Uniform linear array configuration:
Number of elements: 12
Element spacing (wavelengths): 1
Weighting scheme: kaiser
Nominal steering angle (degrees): -60
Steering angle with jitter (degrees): -59.709
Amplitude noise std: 0.05
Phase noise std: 0.05

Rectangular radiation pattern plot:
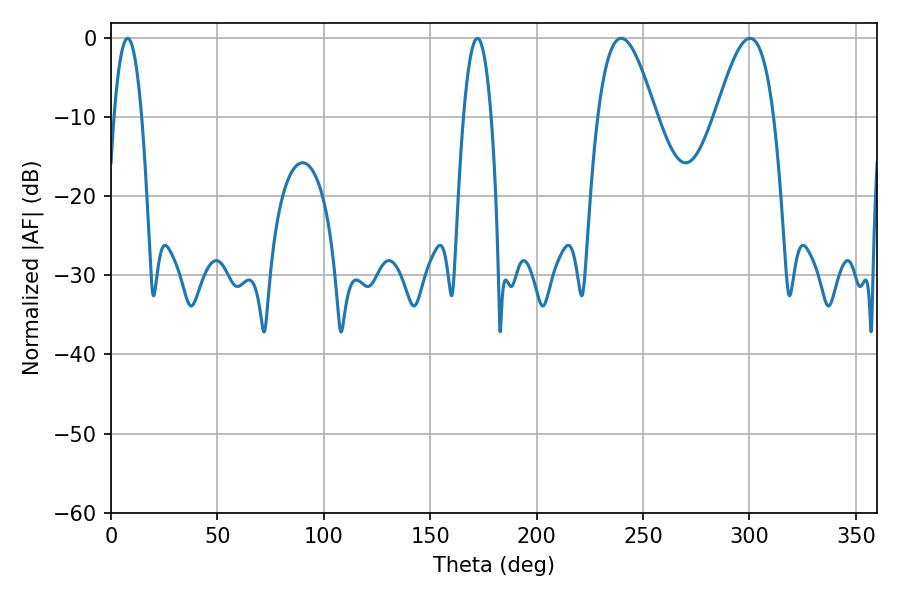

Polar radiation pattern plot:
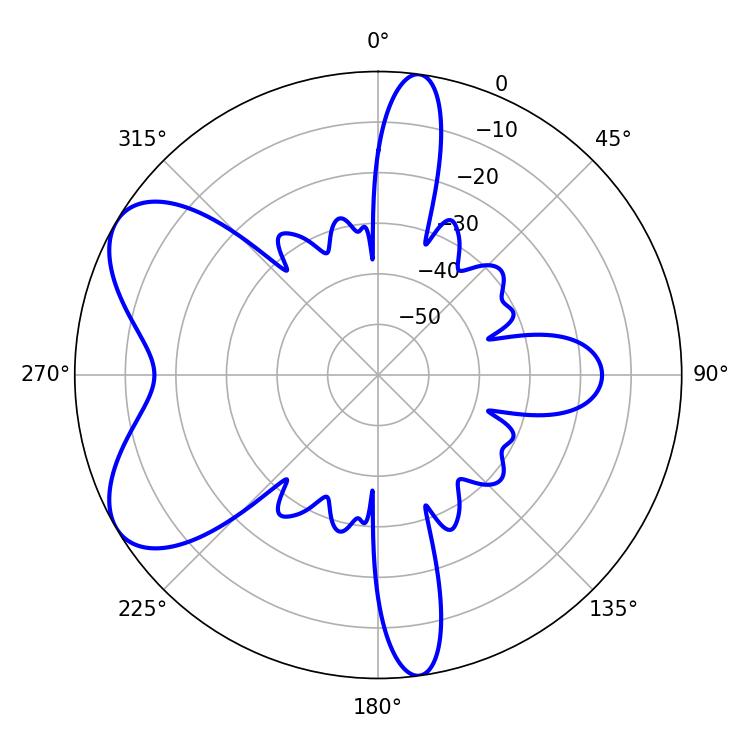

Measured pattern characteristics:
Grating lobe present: TRUE
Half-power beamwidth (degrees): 14.58
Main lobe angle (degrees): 239.76